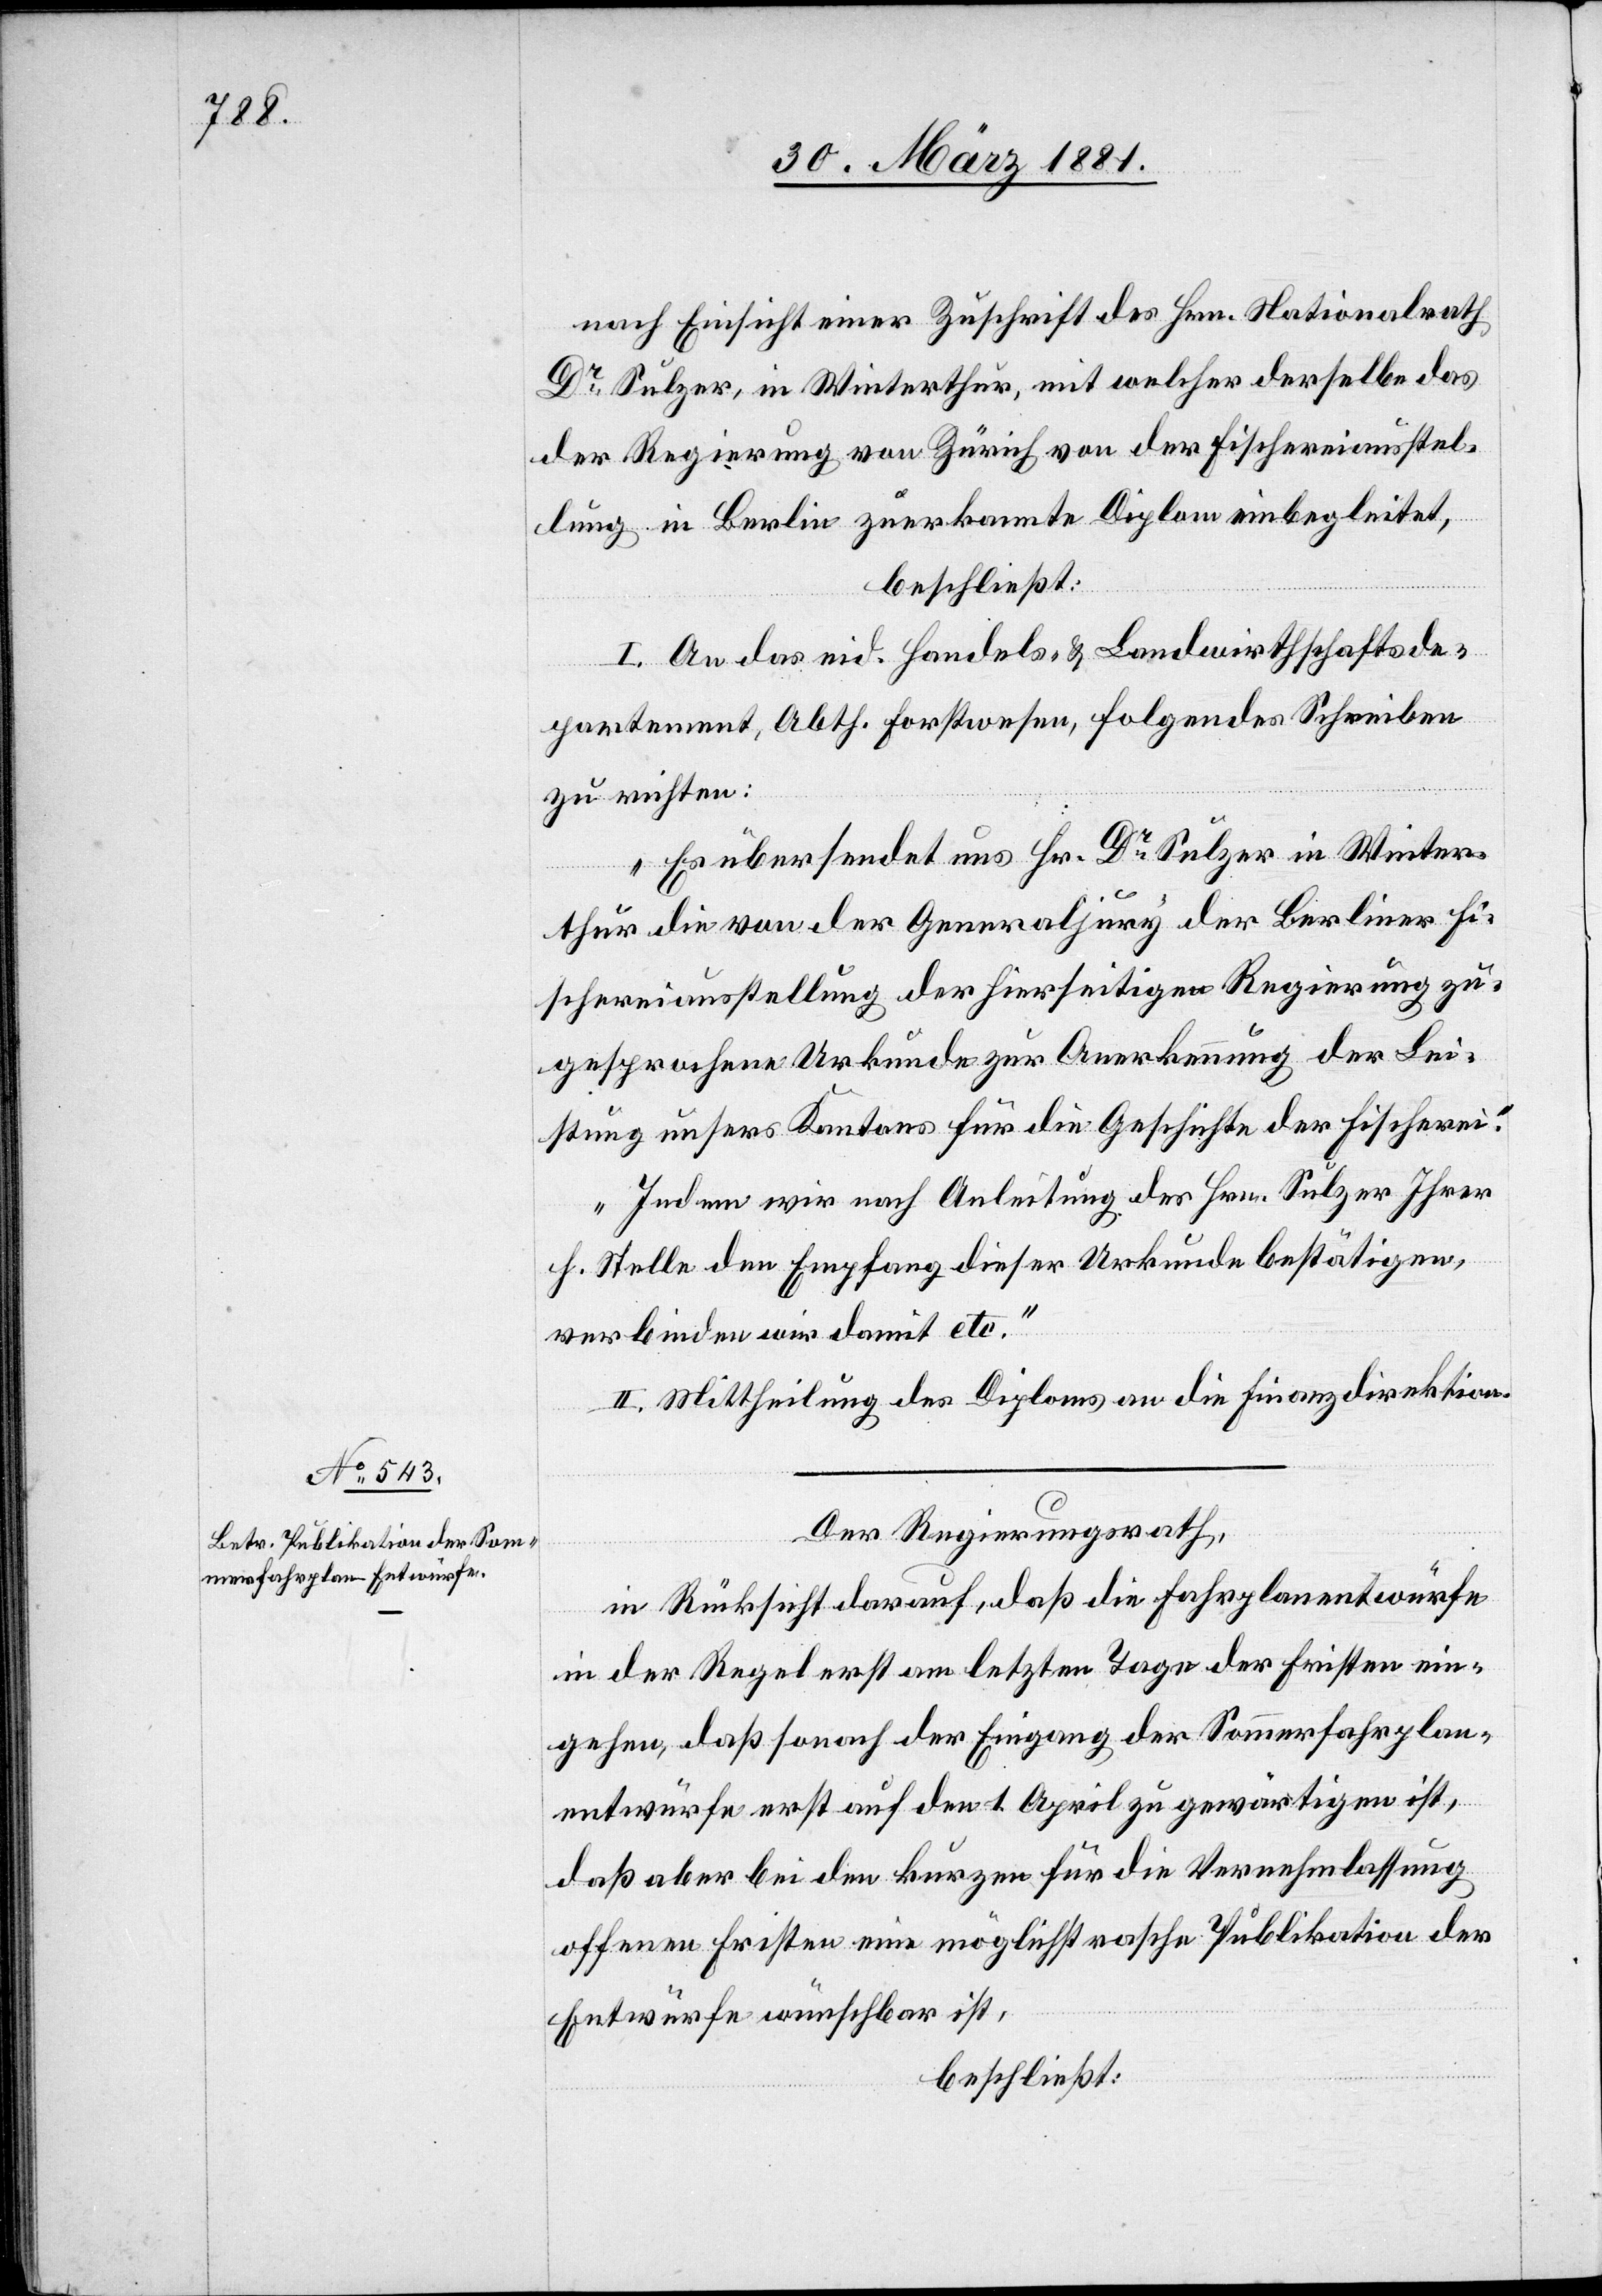
nach Einsicht einer Zuschrift des Hrn. Nationalrath
Dr Sulzer, in Winterthur, mit welcher derselbe das
der Regierung von Zürich von der Fischereiausstel¬
lung in Berlin zuerkannte Diplom einbegleitet,
beschließt:
I. An das eid. Handels- & Landwirthschaftsde¬
partement, Abth. Forstwesen, folgendes Schreiben
zu richten:
„Es übersendet uns Hr. Dr Sulzer in Winter¬
thur die von der Generaljury der Berliner Fi¬
schereiausstellung der hierseitigen Regierung zu¬
gesprochene Urkunde zur Anerkennung der Lei¬
stung unsers Kantons für die Geschichte der Fischerei.
Indem wir nach Anleitung des Hrn. Sulzer Ihrer
h. Stelle den Empfang dieser Urkunde bestätigen,
verbinden wir damit etc.“
II. Mittheilung des Diploms an die Finanzdirektion.
Der Regierungsrath,
in Rücksicht darauf, daß die Fahrplanentwürfe
in der Regel erst am letzten Tage der Fristen ein¬
gehen, daß sonach der Eingang der Sommerfahrplan¬
entwürfe erst auf den 1. April zu gewärtigen ist,
daß aber bei den kurzen für die Vernehmlassung
offenen Fristen eine möglichst rasche Publikation der
Entwürfe wünschbar ist,
beschließt: